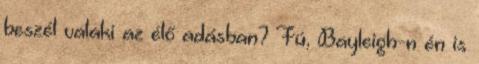
beszél valaki az élő adásban? Fú, Bayleigh-n én is